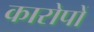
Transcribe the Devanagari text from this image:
कारोपों